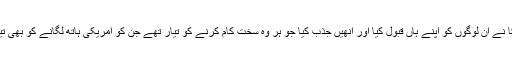
کیونکہ امریکا نے ان لوگوں کو اپنے ہاں قبول کیا اور انھیں جذب کیا جو ہر وہ سخت کام کرنے کو تیار تھے جن کو امریکی ہاتھ لگانے کو بھی تیار نہیں تھے۔